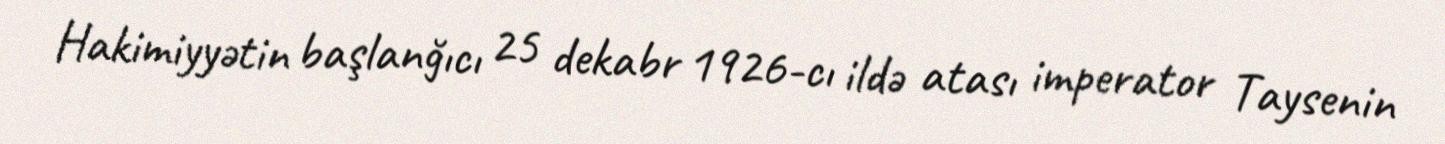
Hakimiyyətin başlanğıcı 25 dekabr 1926-cı ildə atası imperator Taysenin